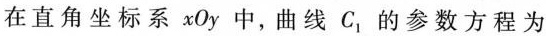
在直角坐标系 xOy 中，曲线 C_{1} 的参数方程为